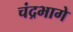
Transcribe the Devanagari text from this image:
चंद्रभागे